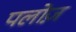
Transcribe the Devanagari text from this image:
पलोज़